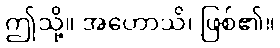
ဤသို့။ အဟောသိ၊ ဖြစ်၏။